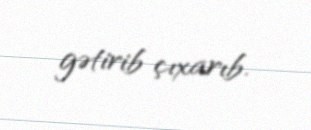
gətirib çıxarıb.